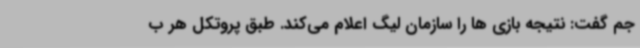
جم گفت: نتیجه بازی ها را سازمان لیگ اعلام می‌کند. طبق پروتکل هر ب